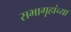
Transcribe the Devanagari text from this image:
सभागृहांच्या